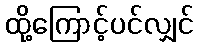
ထို့ကြောင့်ပင်လျှင်